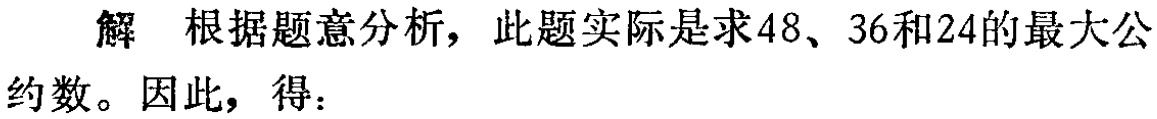
解 根据题意分析，此题实际是求48、36和24的最大公约数。因此，得：